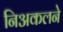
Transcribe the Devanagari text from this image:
निअकलने